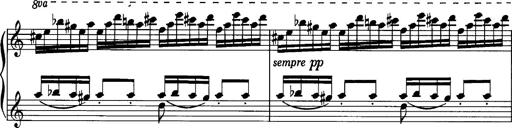
Title: La romanesca
Composer: Franz Liszt